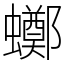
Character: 𧓸